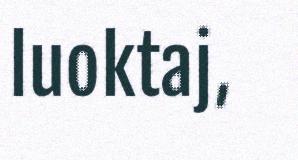
luoktaj,